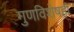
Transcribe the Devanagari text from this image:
गुणविशेषही